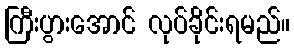
ကြီးပွားအောင် လုပ်ခိုင်းရမည်။